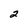
Character: 2